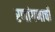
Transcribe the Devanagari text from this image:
रणांगणाची